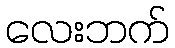
လေးဘက်